Medical and sanitary report of the native army of Madras for the year
Year: 1877
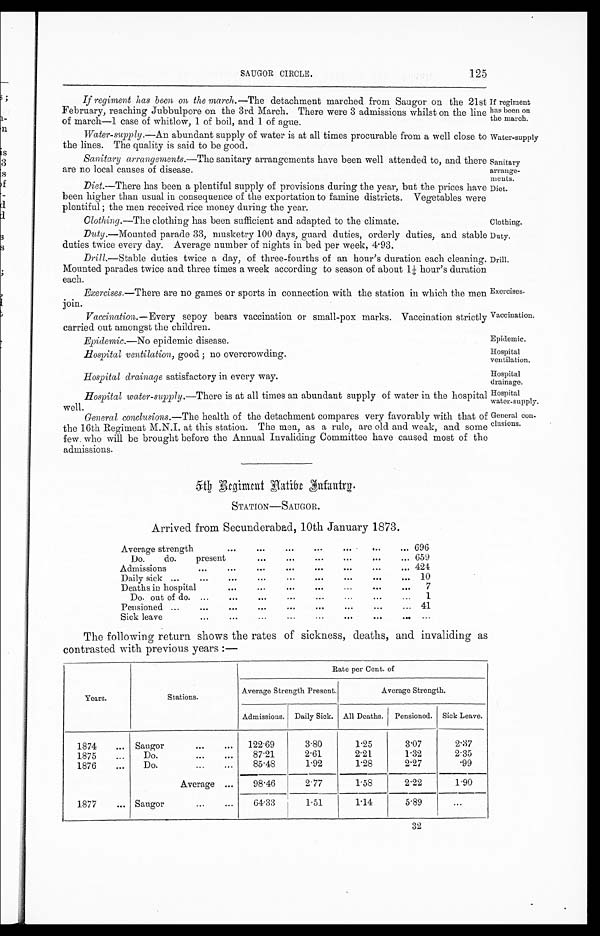
If regiment
has been on
the march.
Water-supply
Sanitary
arrange-
ments.
Diet.
Duty.
Drill.
Exercises.
Vaccination.
Epidemic.
Hospital
ventilation.
Hospital
drainage.
Hospital
water-supply.
General con-
clusions.
SAUGOR CIRCLE.
125
If regiment has been on the march.—The detachment marched from Saugor on the 21st
February, reaching Jubbulpore on the 3rd March. There were 3 admissions whilst on the line
of march—1 case of whitlow, 1 of boil, and 1 of ague.
Water-supply. —An abundant supply of water is at all times procurable from a well close to
the lines. The quality is said to be good.
Sanitary arrangements.—The sanitary arrangements have been well attended to, and there
are no local causes of disease.
Diet.—There has been a plentiful supply of provisions during the year, but the prices have
been higher than usual in consequence of the exportation to famine districts. Vegetables were
plentiful ; the men received rice money during the year.
Clothing.—The clothing has been sufficient and adapted to the climate.
Clothing.
Duty.—Mounted parade 33, musketry 100 days, guard duties, orderly duties, and stablc
duties twice every day. Average number of nights in bed per week, 4.93
Drill.—Stable duties twice a day, of three-fourths of an hour's duration each cleaning.
Mounted parades twice and three times a week according to season of about 1¼ hour's duration
e a c h .
Exercises.—There are no games or sports in connection with the station in which the men
join.
Vaccination.—Every sepoy bears vaccination or small-pox marks. Vaccination strictly
carried out amongst the children.
Epidemic.—No epidemic disease.
Hospital ventilation, good ; no overcrowding.
Hospital drainage satisfactory in every way.
Hospital water-suppl y .—There is at all times an abundant supply of water in the hospital
well.
General conclusions.—The health of the detachment compares very favorably with that of
t he 16t h Regi ment M. N. I . at t hi s st at i on. The men, as a r ul e, ar e ol d and weak, and some
few who will be brought before the Annual Invaliding Committee have caused most of the
admissions.
5 t h R e g i m e n t N a t i b e I n f a n t r y .
STATION—SAUGOR.
Arrived from Secunderabad, 10th January 1873.
Average strength
...
...
...
...
,.
.. . 696
Do. do. present
...
...
...
... 659
Admissions
...
. . . ... ... ... .... ... ...
424
Daily sick ...
...
...
...
...
...
... 10
Deaths in hospital
...
...
...
...
...
...
... 7
Do. out of do. ...
...
...
...
... 1
Pensioned ...
...
...
...
...
...
... 41
Sick leave
...
...
...
. . .
...
The following return shows the rates of sickness, deaths, and invaliding as
contrasted with previous years :—
Years.
Stations.
Rate per Cent. of
Average Strength Present.
Average Strength.
Admissions. Daily Sick. All Deaths. Pensioned. Sick Leave.
1874
... Sangor
. . . . . .
122.69
3.80
1.25
3.07
2.37
1875
...
Do.
...
...
87.21
2.61
2.21
1.32
2.35
1876
...
Do.
...
...
85.48
1.92
1.28
2.27
. 9 9
Average ...
98.46
2.77
1.58
2.22
1.90
1877
... Saugor
...
...
64.33
1.51
1.14
5.89 ...
32